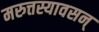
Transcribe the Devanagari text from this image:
मरुत्तस्यावसन्